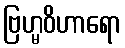
ဗြဟ္မဝိဟာရော